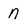
Character: n